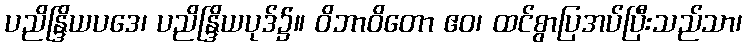
ပညိန္ဒြိယပဒေ၊ ပညိန္ဒြိယပုဒ်၌။ ဝိဘာဝိတော ဧဝ၊ ထင်စွာပြအပ်ပြီးသည်သာ၊